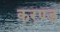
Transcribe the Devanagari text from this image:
करण्ड